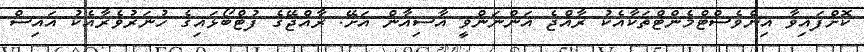
ކޮށްފައިވާ އިންވެސްޓްމެންޓްތަކާއެކު ރާއްޖެ އަންނަންވީ އާސިއާން އަށޭ. ރާއްޖޭގެ ފުޓްބޯޅައިގެ ހުނަރުވެރާއެކު އައިސް